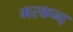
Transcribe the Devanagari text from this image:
मरकन्द